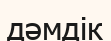
дәмдік